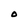
Character: O